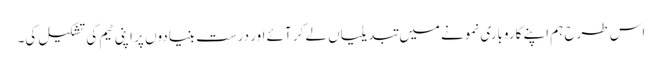
اس طرح ہم اپنے کاروباری نمونے میں تبدیلیاں لے کر آئے اور درست بنیادوں پر اپنی ٹیم کی تشکیل کی۔